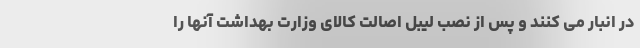
در انبار می کنند و پس از نصب لیبل اصالت کالای وزارت بهداشت آنها را